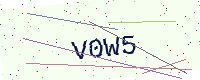
Text: V0W5